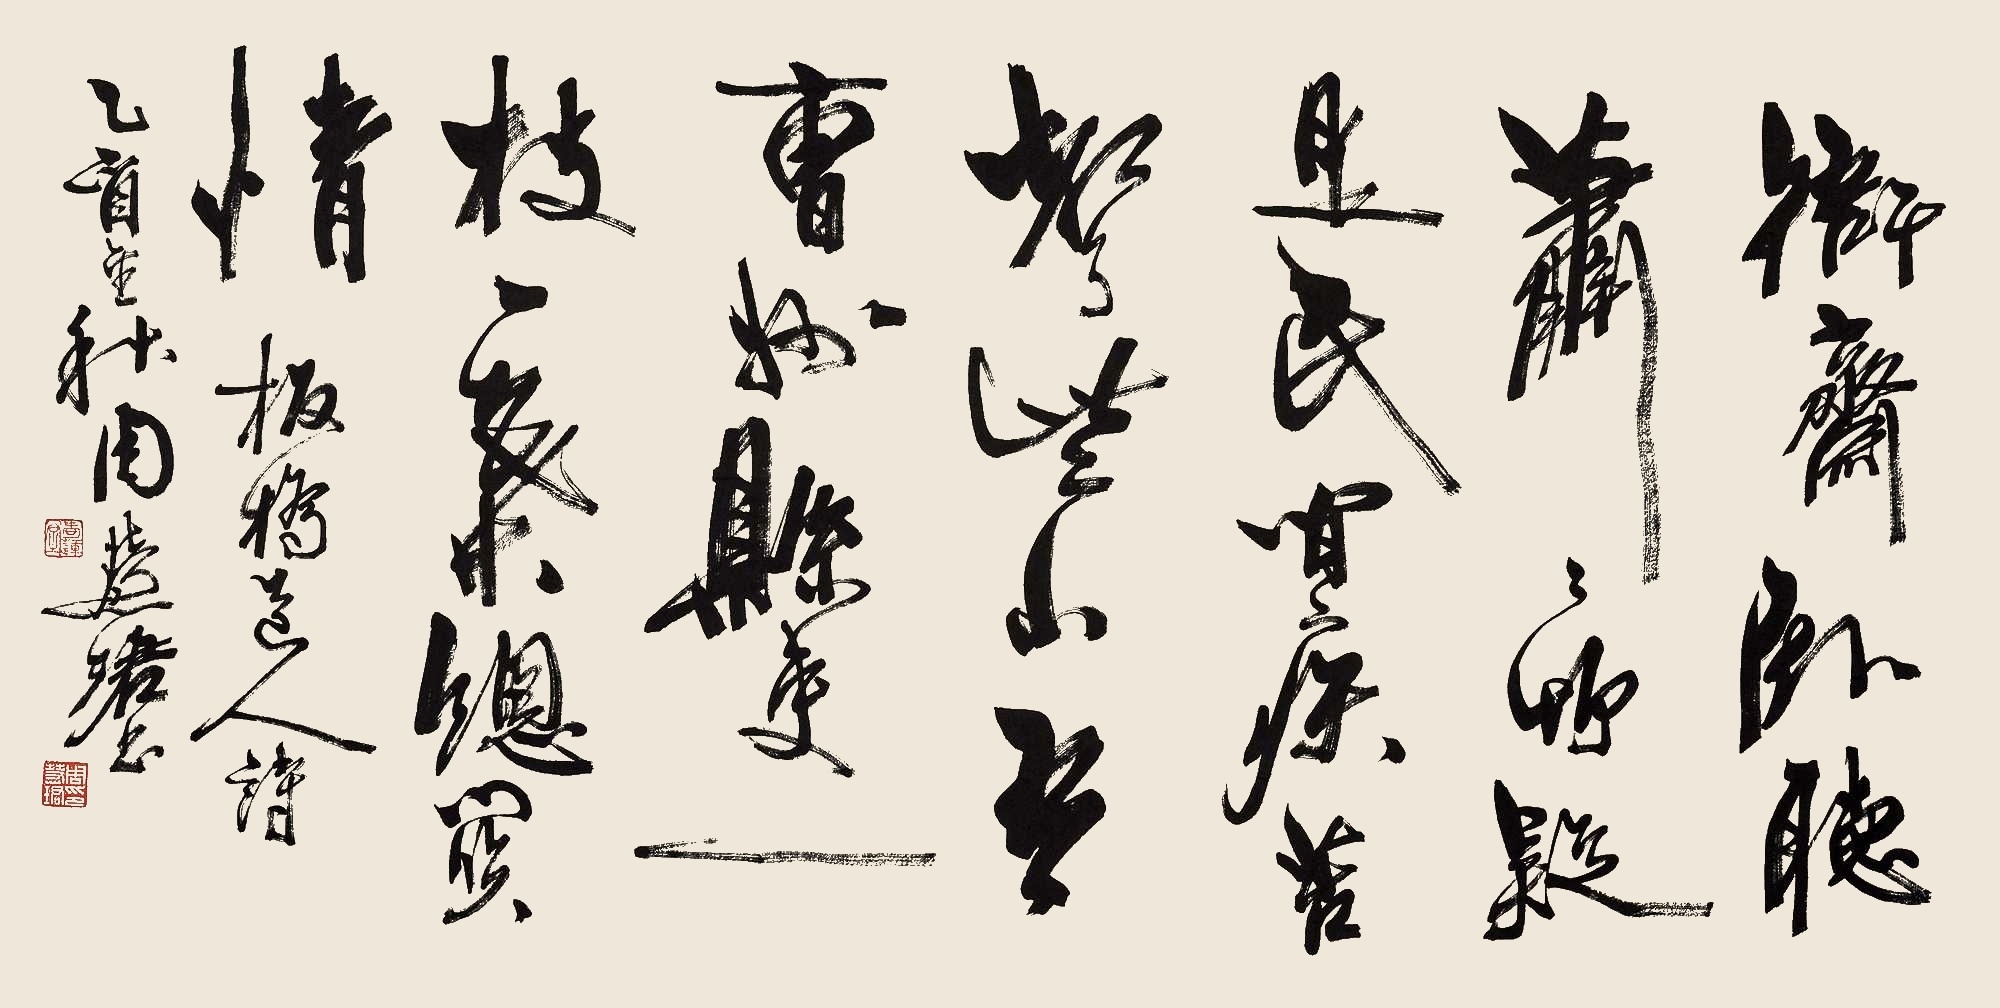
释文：衙斋卧听萧萧竹，疑是民间疾苦声；些小吾曹州县吏，一枝一叶总关情。板桥道人诗，乙酉金秋，周慧珺书。